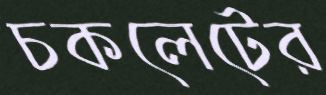
চকলেটের